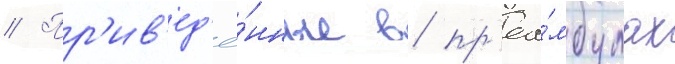
// Пр'ив'ед'ё́нные в пр'еа́мбулах